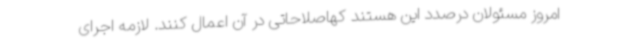
امروز مسئولان درصدد این هستند کهاصلاحاتی در آن اعمال کنند. لازمه اجرای